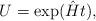
LaTeX: \begin{align*}U=\exp (\hat{H}t),\end{align*}